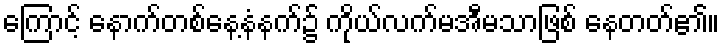
ကြောင့် နောက်တစ်နေ့နံနက်၌ ကိုယ်လက်မအီမသာဖြစ် နေတတ်၏။